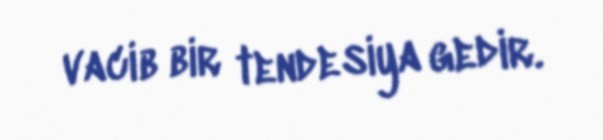
vacib bir tendesiya gedir.